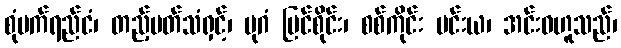
စုံမက်ရည်ငံ၊ တည့်မတ်သံရှင့်၊ ပုဂံ မြင်စိုင်း၊ စစ်ကိုင်း ပင်းယ၊ အင်းဝဟူသည်၊